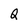
Character: Q